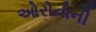
ઓરોનોની